Report on vaccination in the Province of Bengal - 1874-1889
Year: 1874
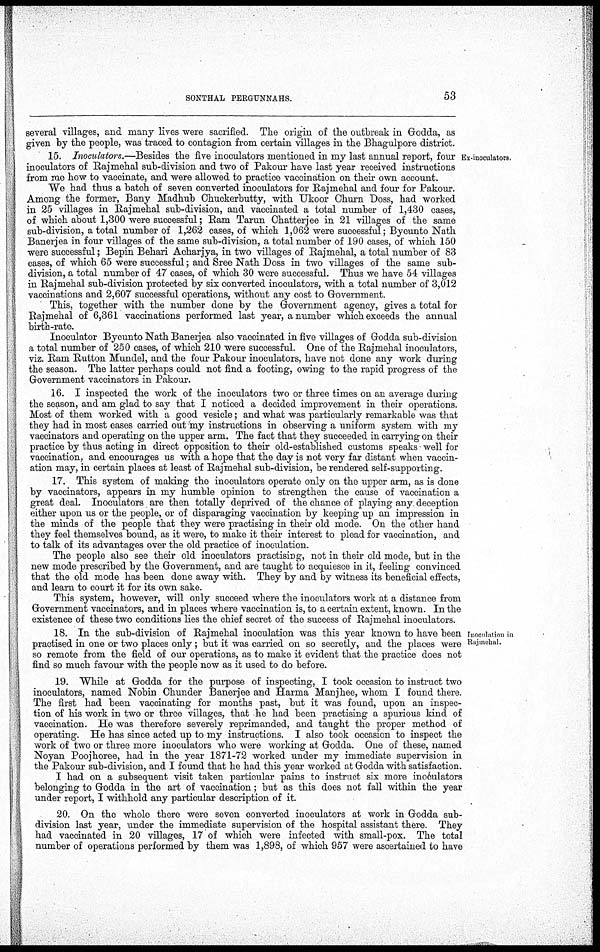
SONTHAL PERGUNNAHS.
53
Ex-inoculators.
several villages, and many lives were sacrified. The origin of the outbreak in Godda, as
given by the people, was traced to contagion from certain villages in the Bhagulpore district.
15. Inoculators.—Besides the five inoculators mentioned in my last annual report, four
inoculators of Rajmehal sub-division and two of Pakour have last year received instructions
from me how to vaccinate, and were allowed to practice vaccination on their own account.
We had thus a batch of seven converted inoculators for Rajmehal and four for Pakour.
Among the former, Bany Madhub Chuckerbutty, with Ukoor Churn Doss, had worked
in 25 villages in Rajmehal sub-division, and vaccinated a total number of 1,430 cases,
of which about 1,300 were successful; Ram Tarun Chatterjee in 21 villages of the same
sub-division, a total number of 1,262 cases, of which 1,062 were successful; Bycunto Nath
Banerjea in four villages of the same sub-division, a total number of 190 cases, of which 150
were successful; Bepin Behari Acharjya, in two villages of Rajmehal, a total number of 83
cases, of which 65 were successful; and Sree Nath Doss in two villages of the same sub-
division, a total number of 47 cases, of which 30 were successful. Thus we have 54 villages
in Rajmehal sub-division protected by six converted inoculators, with a total number of 3,012
vaccinations and 2,607 successful operations, without any cost to Government.
This, together with the number done by the Government agency, gives a total for
Rajmehal of 6,361 vaccinations performed last year, a number which exceeds the annual
birth-rate.
Inoculator Bycunto Nath Banerjea also vaccinated in five villages of Godda sub-division
a total number of 250 cases, of which 210 were successful. One of the Rajmehal inoculators,
viz. Ram Rutton Mundel, and the four Pakour inoculators, have not done any work during
the season. The latter perhaps could not find a footing, owing to the rapid progress of the
Government vaccinators in Pakour.
16. I inspected the work of the inoculators two or three times on an average during
the season, and am glad to say that I noticed a decided improvement in their operations.
Most of them worked with a good vesicle; and what was particularly remarkable was that
they had in most cases carried out my instructions in observing a uniform system with my
vaccinators and operating on the upper arm. The fact that they succeeded in carrying on their
practice by thus acting in direct opposition to their old-established customs speaks well for
vaccination, and encourages us with a hope that the day is not very far distant when vaccin-
ation may, in certain places at least of Rajmehal sub-division, be rendered self-supporting.
17. This system of making the inoculators operate only on the upper arm, as is done
by vaccinators, appears in my humble opinion to strengthen the cause of vaccination a
great deal. Inoculators are then totally deprived of the chance of playing any deception
either upon us or the people, or of disparaging vaccination by keeping up an impression in
the minds of the people that they were practising in their old mode. On the other hand
they feel themselves bound, as it were, to make it their interest to plead for vaccination, and
to talk of its advantages over the old practice of inoculation.
The people also see their old inoculators practising, not in their old mode, but in the
new mode prescribed by the Government, and are taught to acquiesce in it, feeling convinced
that the old mode has been done away with. They by and by witness its beneficial effects,
and learn to court it for its own sake.
This system, however, will only succeed where the inoculators work at a distance from
Government vaccinators, and in places where vaccination is, to a certain extent, known. In the
existence of these two conditions lies the chief secret of the success of Rajmehal inoculators.
Inoculation in
Rajmehal.
18. In the sub-division of Rajmehal inoculation was this year known to have been
practised in one or two places only; but it was carried on so secretly, and the places were
so remote from the field of our operations, as to make it evident that the practice does not
find so much favour with the people now as it used to do before.
19. While at Godda for the purpose of inspecting, I took occasion to instruct two
inoculators, named Nobin Chunder Banerjee and Harma Manjhee, whom I found there
The first had been vaccinating for months past, but it was found, upon an inspec-
tion of his work in two or three villages, that he had been practising a spurious kind of
vaccination. He was therefore severely reprimanded, and taught the proper method of
operating. He has since acted up to my instructions. I also took occasion to inspect the
work of two or three more inoculators who were working at Godda. One of these, named
Noyan Poojhoree, had in the year 1871-72 worked under my immediate supervision in
the Pakour sub-division, and I found that he had this year worked at Godda with satisfaction.
I had on a subsequent visit taken particular pains to instruct six more inoculators
belonging to Godda in the art of vaccination; but as this does not fall within the year
under report, I withhold any particular description of it.
20. On the whole there were seven converted inoculators at work in Godda sub-
division last year, under the immediate supervision of the hospital assistant there. They
had vaccinated in 20 villages, 17 of which were infected with small-pox. The total
number of operations performed by them was 1,898, of which 957 were ascertained to have